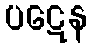
ပဋေန